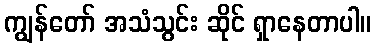
ကျွန်တော် အသံသွင်း ဆိုင် ရှာနေတာပါ။